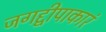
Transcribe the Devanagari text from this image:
जगद्द्वीपाकारं